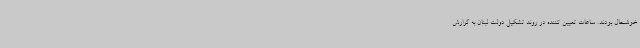
خوشحال بودند. ساعات تعیین کننده در روند تشکیل دولت لبنان به گزارش